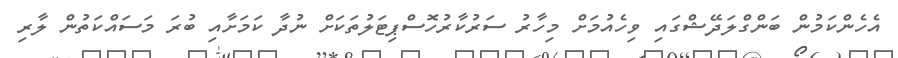
އެހެންކަމުން ބަންގްލަދޭޝްގައި ވިހެއުމަށް މިހާރު ސަރުކާރުހޮސްޕިޓަލުތަކަށް ނުދާ ކަމަށާއި ބުރަ މަސައްކަތުން ލާރި